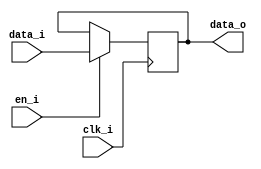
module bsg_dff_en_width_p5
(
  clk_i,
  data_i,
  en_i,
  data_o
);

  input [4:0] data_i;
  output [4:0] data_o;
  input clk_i;
  input en_i;
  reg [4:0] data_o;

  always @(posedge clk_i) begin
    if(en_i) begin
      { data_o[4:0] } <= { data_i[4:0] };
    end 
  end


endmodule